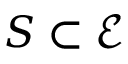
S \subset { \mathcal { E } }